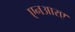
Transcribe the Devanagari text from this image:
एनआरए